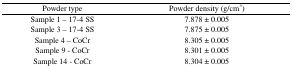
<table><thead><tr><td><b>Powder type</b></td><td><b>Powder density (g/cm<sup>3</sup>)</b></td></tr></thead><tbody><tr><td>Sample 1 – 17-4 SS</td><td>7.878 ± 0.005</td></tr><tr><td>Sample 3 – 17-4 SS</td><td>7.875 ± 0.005</td></tr><tr><td>Sample 4 – CoCr</td><td>8.305 ± 0.005</td></tr><tr><td>Sample 9 – CoCr</td><td>8.301 ± 0.005</td></tr><tr><td>Sample 14 – CoCr</td><td>8.304 ± 0.005</td></tr></tbody></table>